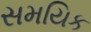
સમયિક